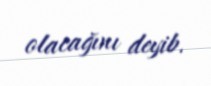
olacağını deyib.